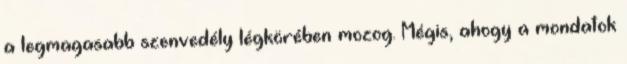
a legmagasabb szenvedély légkörében mozog. Mégis, ahogy a mondatok